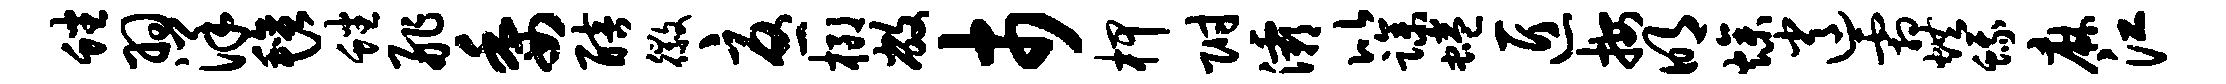
蟠羽洋毡蟠舴委醅徽忧榔敝市柙附灞比躁蜷匠按明燥逍霜烘蛾麻江